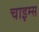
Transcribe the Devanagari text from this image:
चाइम्‍स